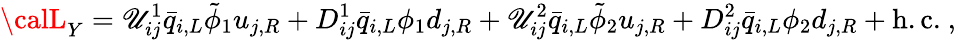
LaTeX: {\calL}_{Y}=\mathscr{U}_{ij}^{1}{\bar{{q}}}_{i,L}{\tilde{{\phi}}}_{1}u_{j,R}+D_{ij}^{1}{\bar{{q}}}_{i,L}{\phi}_{1}d_{j,R}+\mathscr{U}_{ij}^{2}{\bar{{q}}}_{i,L}{\tilde{{\phi}}}_{2}u_{j,R}+D_{ij}^{2}{\bar{{q}}}_{i,L}{\phi}_{2}d_{j,R}+\mathrm{{h.c.}}~,